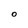
Character: O